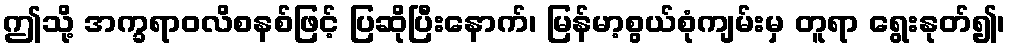
ဤသို့ အက္ခရာဝလိစနစ်ဖြင့် ပြဆိုပြီးနောက်၊ မြန်မာ့စွယ်စုံကျမ်းမှ တူရာ ရွေးနုတ်၍၊